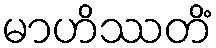
မာဟိဿတိံ